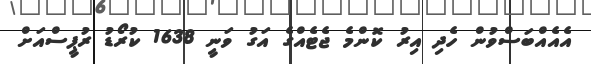
އެއެއްބަސްވުން ހެދި އިރު ކޮންމެ ޖެޓެއްގެ އަގު ވަނީ 1638 ކުރޯޑު ރުޕީސްއަށް